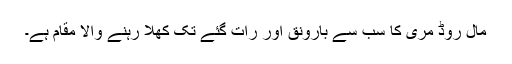
مال روڈ مری کا سب سے بارونق اور رات گئے تک کھلا رہنے والا مقام ہے۔